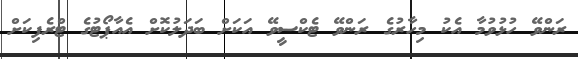
ރަންވޭ ހުޅުވުމާ އެކު މިހާރުގެ ރަންވޭ ޓެކްސީވޭ އަކަށް ބަދަލުކޮށް އެއާޕޯޓުގެ ޓްރެފިކަށް